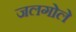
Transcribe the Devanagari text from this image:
जलगोले